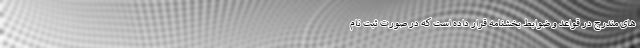
های مندرج در قواعد و ضوابط بخشنامه قرار داده است که در صورت ثبت نام